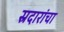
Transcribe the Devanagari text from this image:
स्रदारांचा